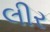
લીર